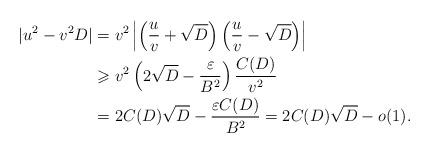
LaTeX: \begin{align*}|u^2-v^2D|&=v^2\left|\left(\frac{u}{v}+\sqrt{D}\right)\left(\frac{u}{v}-\sqrt{D}\right)\right|\\ &\geqslant v^2\left(2\sqrt{D}-\frac{\varepsilon}{B^2}\right)\frac{C(D)}{v^2}\\ &=2C(D)\sqrt{D}-\frac{\varepsilon C(D)}{B^2}=2C(D)\sqrt{D}-o(1).\end{align*}